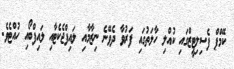
ކޭމްޕް ފެސިލިޓީޒްގައި ކުއްލި ހާލަތުގައި ފަރުވާ ދެވޭނެ ނިޒާމާއި ލައިފްޖެކެޓާއި ލައިފްބޯއި ހުއްޓެވެ.